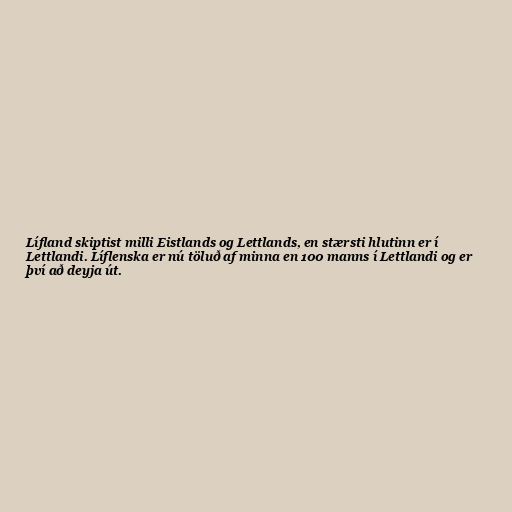
Lífland skiptist milli Eistlands og Lettlands, en stærsti hlutinn er í
Lettlandi. Líflenska er nú töluð af minna en 100 manns í Lettlandi og er
því að deyja út.